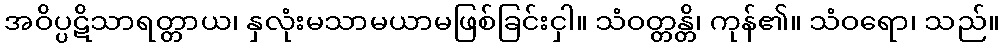
အဝိပ္ပဋိသာရတ္တာယ၊ နှလုံးမသာမယာမဖြစ်ခြင်းငှါ။ သံဝတ္တန္တိ၊ ကုန်၏။ သံဝရော၊ သည်။